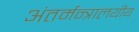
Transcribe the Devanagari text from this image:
अंतर्मन्त्रालयीय